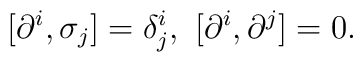
[\partial^i,\sigma_j]=\delta^{i}_{j},~[\partial^i,\partial^j]=0.